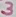
Text: 3